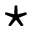
\star